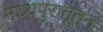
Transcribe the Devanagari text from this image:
मध्यपुरानूतन